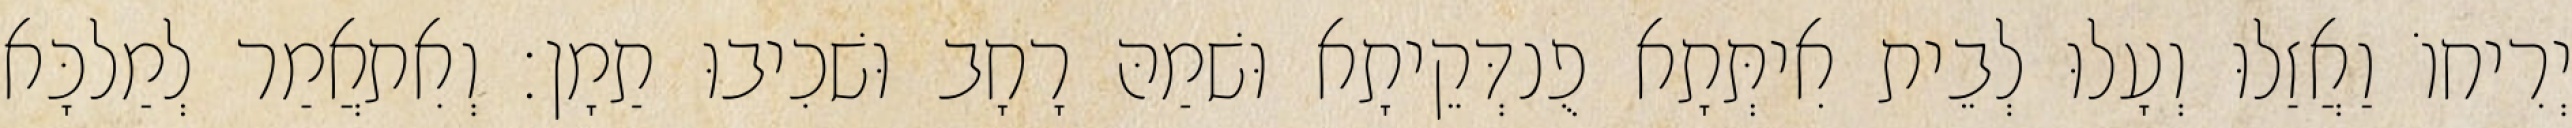
יְרִיחוֹ וַאֲזַלוּ וְעָלוּ לְבֵית אִיתְּתָא פֻנדְּקֵיתָא וּשׁמַהּ רָחָב וּשׁכִיבוּ תַמָן׃ וְאִתאֲמַר לְמַלכָּא